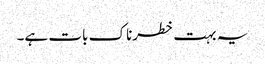
یہ بہت خطرناک بات ہے۔